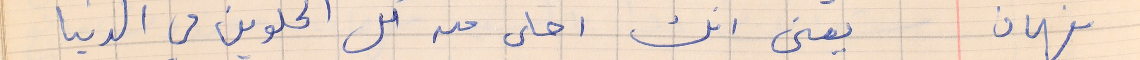
فهمان       يعني انك احلى من كل الحلوين في الدنيا